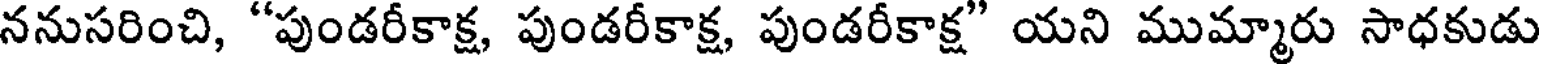
ననుసరించి, "పుండరీకాక్ష, పుండరీకాక్ష, పుండరీకాక్ష" యని ముమ్మారు సాధకుడు